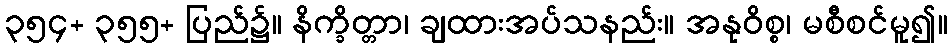
၃၅၄+ ၃၅၅+ ပြည်၌။ နိက္ခိတ္တာ၊ ချထားအပ်သနည်း။ အနုဝိစ္စ၊ မစီစင်မူ၍။